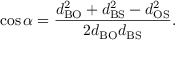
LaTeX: \cos { \alpha } = { \frac { d _ { \mathrm { B O } } ^ { 2 } + d _ { \mathrm { B S } } ^ { 2 } - d _ { \mathrm { O S } } ^ { 2 } } { 2 d _ { \mathrm { B O } } d _ { \mathrm { B S } } } } .